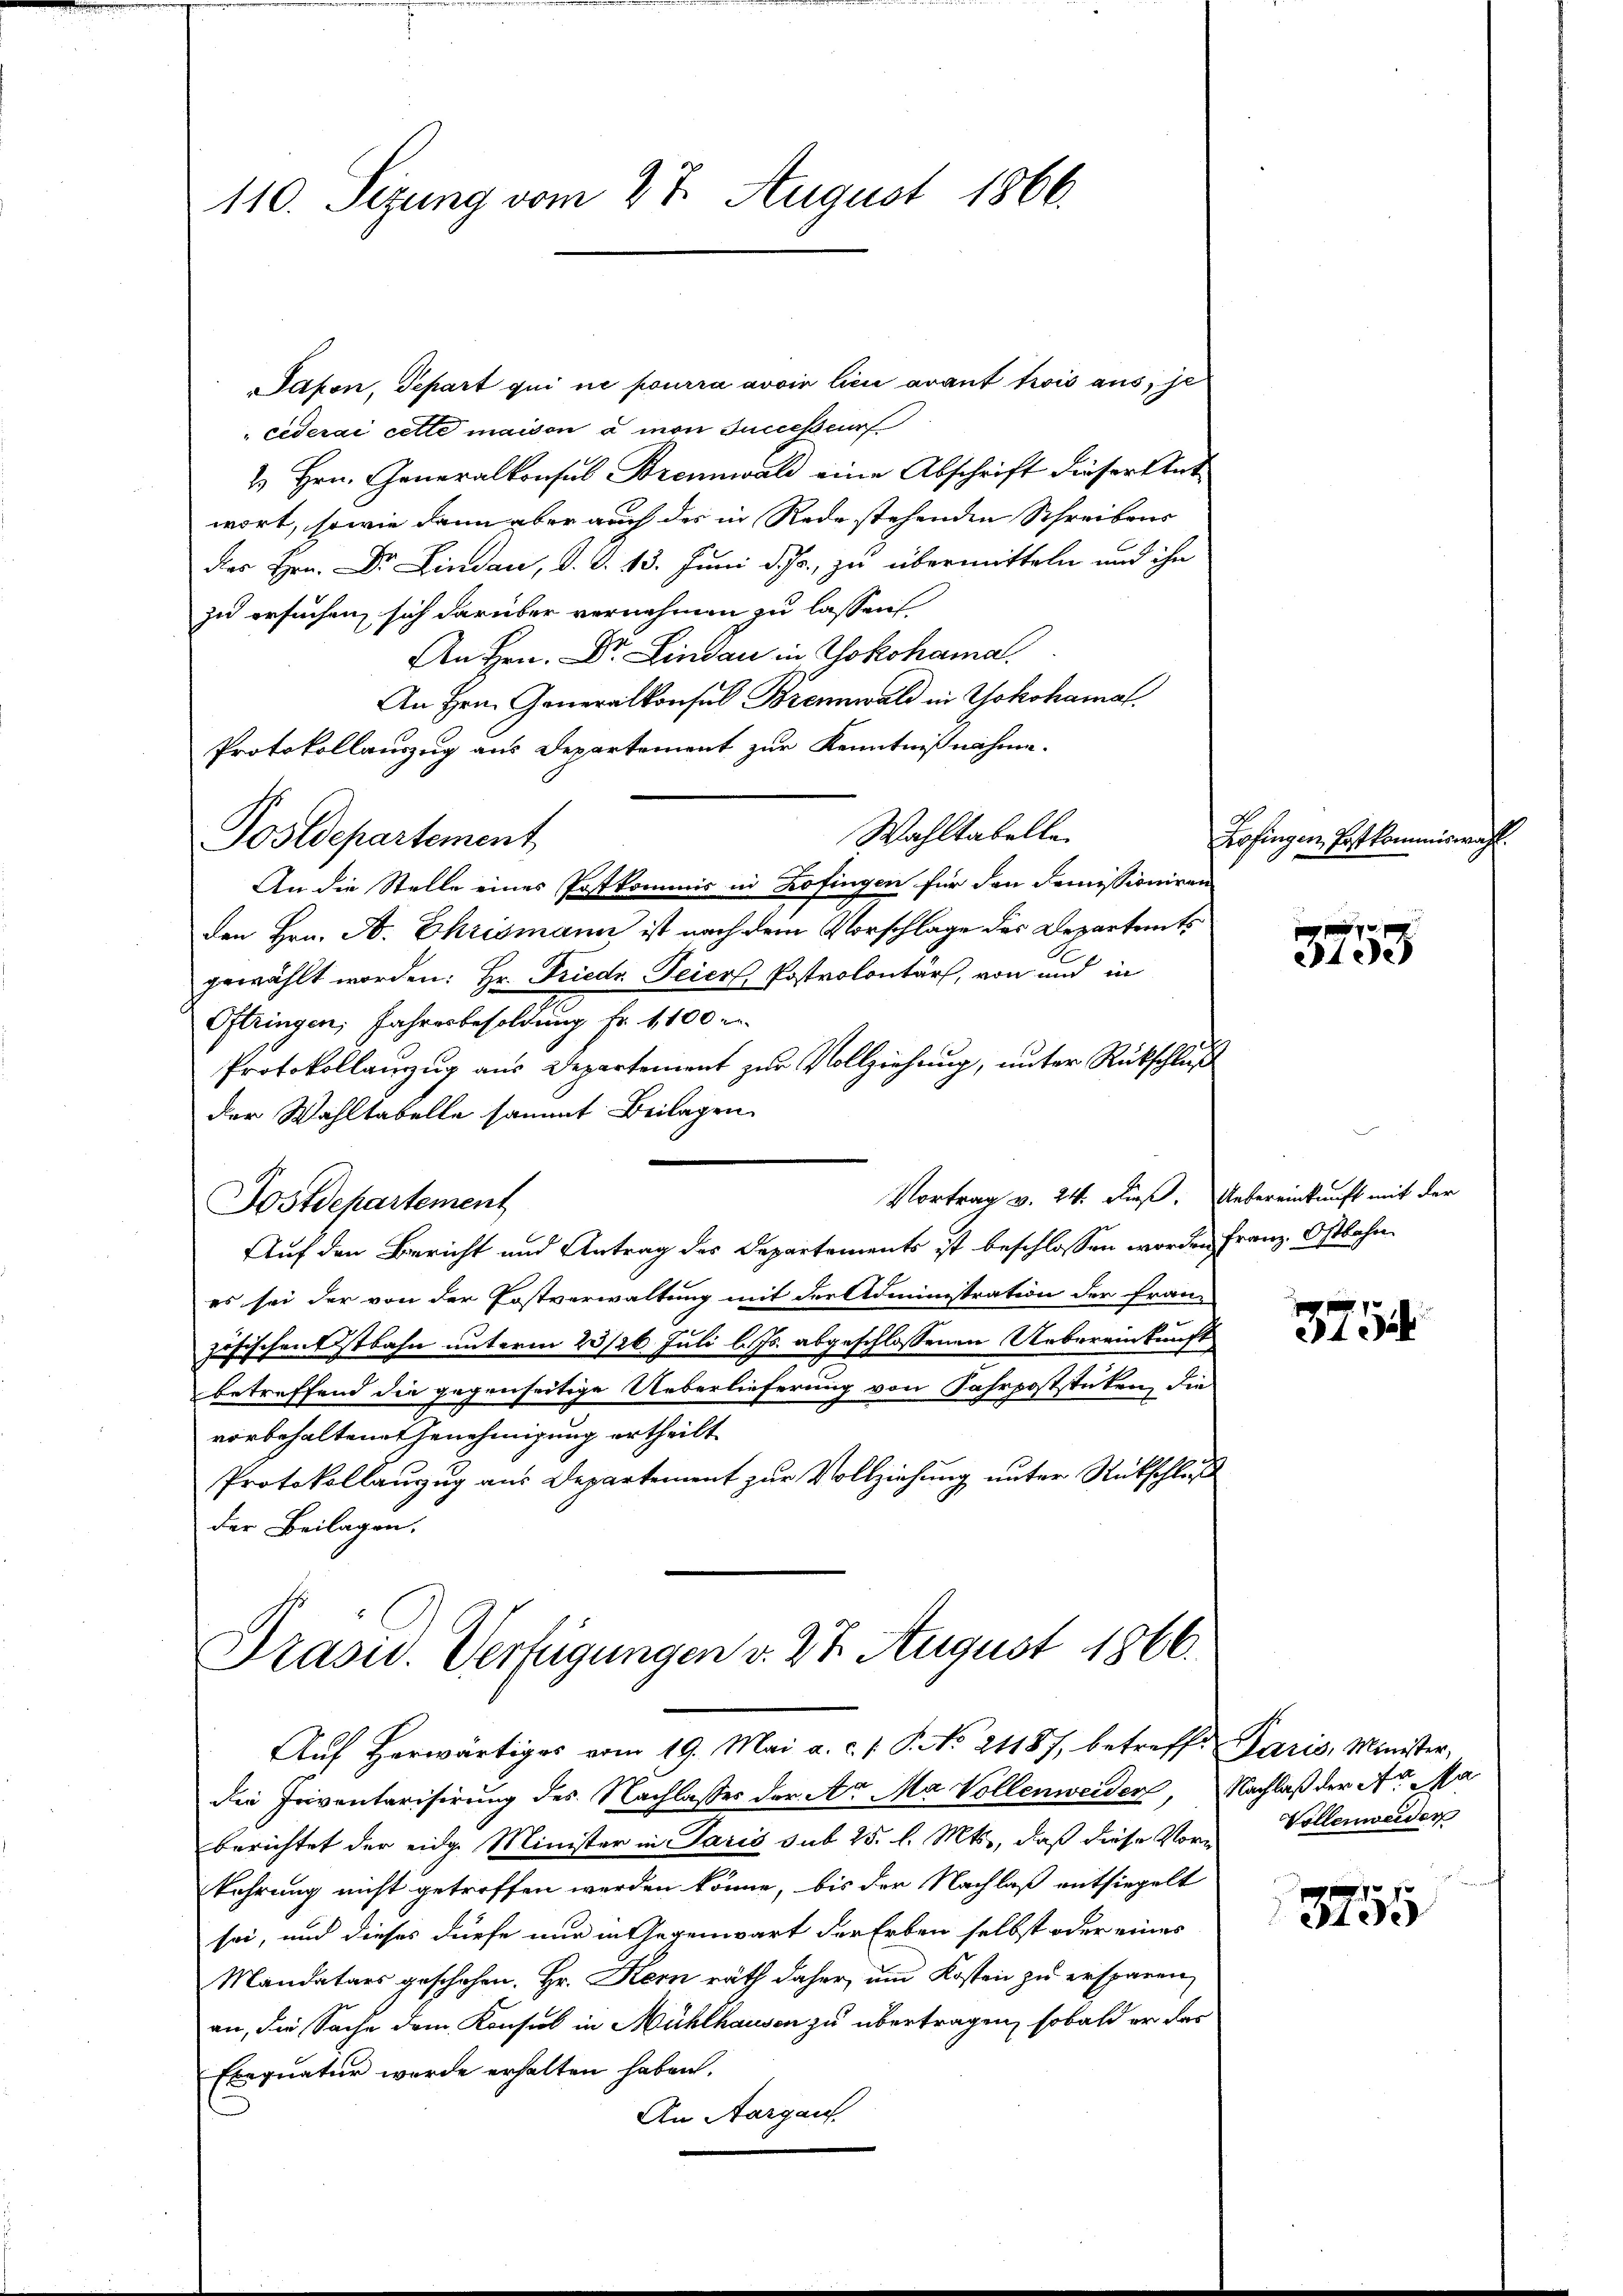
110. Sezung vom 27. August 1866.

Saben. Separt qui ne pourra avoir lici avant trois aus, je
cederai cette maison à mon successeur
& Hrn. Generalkonsul Brennwald eine Abschrift dieser Ant
wort, sowie dann aber auch der in Rede stehenden Schreibens
das Hrn. Dr. Lindau, d. d. 13. Juni d. Js., zu übermitteln und ihn
zu ersuchen, sich darüber vernehmen zu lassen
An Hrn. Dr. Lindau in Yokohama.
An Hrn. Generalkonsul Brennwald in Yokohamal
Protokollauszug aus Departement zur Kenntnißnahme.
Wahltabelle
An die Stelle eines Postkommis in Zofingen für den Domissioniren
den Hrn. N. Ehrismann ist nach dem Vorschlage des Departents
gewählt worden: Hr. Friedr Feier, Postrolontärs, von und in
Oftringen, Jahresbesoldung Fr. 1100 r
Protokollauzug aus Departement zur Vollziehung, unter Rückschluß
der Wahltabelle sammt Beilagen
Vortrag v. 24. dieß. Uebereinkunft mit der
Fostdepartement
Auf den Bericht und Antrag des Departements ist beschlossen worden Franz. Ostbahn
es sei der von der Postverwaltung mit der Administration der Franz
zösischenstbahn unterm 23/26. Juli l. Js. abgeschlossenen Uebereinkunft
betreffend die gegenseitige Ueberlieferung von Fahrpoststücken, die
vorbehaltenet Genehmigung ertheilt
Protokollauszug aus Departement zur Vollziehung unter Rückschluß
der Beilagen.

Postdepartement

Präsid. Verfügungen v. 27. August 1866.

Auf herwärtiges vom 19. Mai a. c. J. P. No. 21187, betreffe Paris, Ministerdie Inventarisirung des Nachlasses der Ar Ma Vollenweider, Nachlaß der Art. Ma
berichtet der eidg. Minister in Paris sub 25 l. Mts., daß diese Vor-Vollenweider
kehrung nicht getroffen werden könne, bis der Nachlaß entsiegelt
soi, und dieses dürfe nur in Gegenwart der Erben selbst oder eines
Mandatars geschehen. Hr. Kern rath daher, um Kosten zu ersparen
an, die Sache dem Konsul in Mühlhausen zu übertragen, sobald er das
Exequatur werde erhalten haben.
An Aargau.

d
Kofingen, Postkommiswa

3753

3794

3755